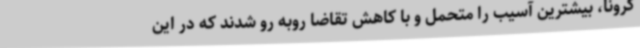
کرونا، بیشترین آسیب را متحمل و با کاهش تقاضا روبه رو شدند که در این